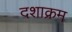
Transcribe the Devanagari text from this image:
दशाक्रम